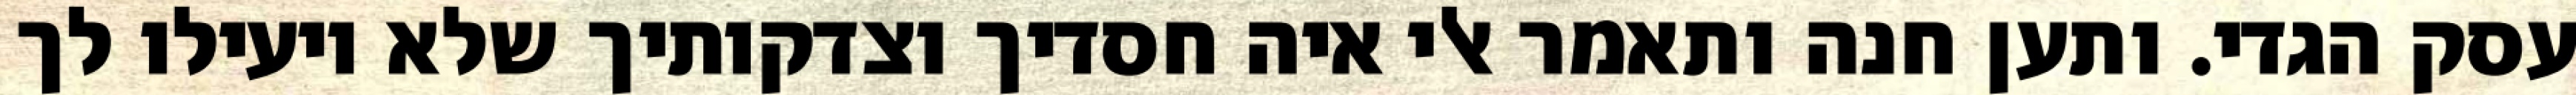
עסק הגדי. ותען חנה ותאמר אלי איה חסדיך וצדקותיך שלא יועילו לך